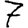
Digit: 7